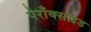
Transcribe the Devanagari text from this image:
पेराँक्साइड